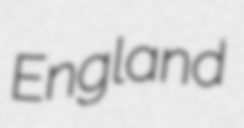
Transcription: England